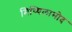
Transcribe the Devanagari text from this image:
मिथ्थिलामोद